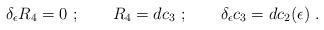
LaTeX: \begin{align*}\delta_\epsilon R_4= 0\ ;\qquad R_4=dc_3\ ; \qquad \delta_\epsilon c_3=d c_2(\epsilon)\ .\end{align*}